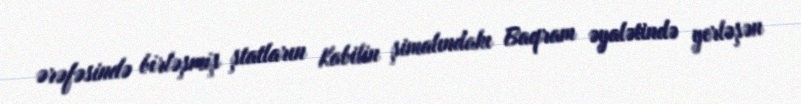
ərəfəsində birləşmiş ştatların Kabilin şimalındakı Baqram əyalətində yerləşən